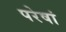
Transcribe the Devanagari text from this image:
परेषां